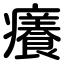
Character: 癢